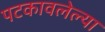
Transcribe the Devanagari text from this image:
पटकावलेल्या